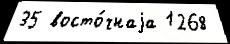
35 восто́чнаjа 1268